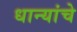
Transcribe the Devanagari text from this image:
धान्यांचे